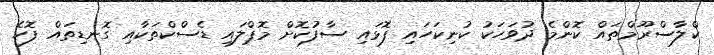
ކްލާސްރޫމްތައް ކޮންމެ ދުވަހަކު ކުނިކަހައި ފޮޅައި ސާފުކޮށް މޮޕްލައި ޑެސްކްތަކާއި ގޮނޑިތައް ފޮހެ